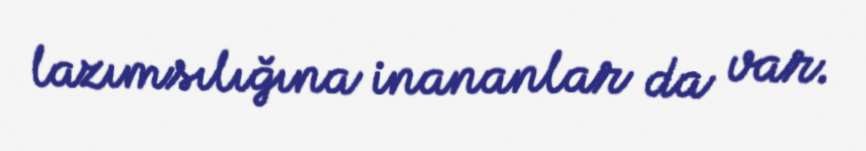
lazımsılığına inananlar da var.